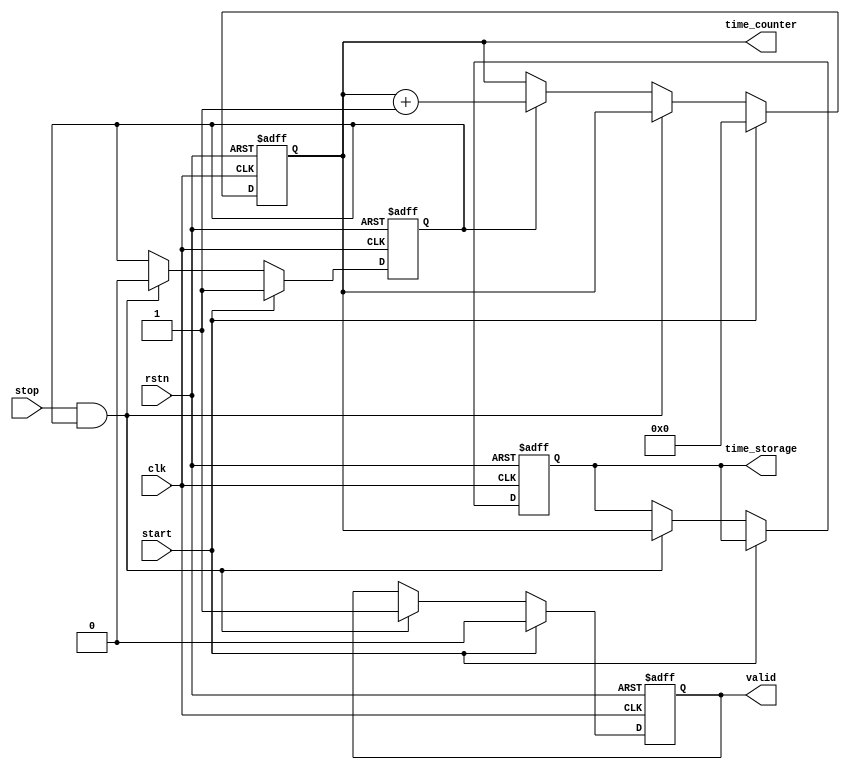
module TDC (
    input wire clk,             // Clock signal
    input wire rstn,           // Active-low reset signal
    input wire start,          // Start signal
    input wire stop,           // Stop signal
    output reg [15:0] time_counter, // Counter output (16-bits, can be adjusted)
    output reg valid,          // Valid signal to indicate when measurement is ready
    output reg [15:0] time_storage // Memory block to store the captured time interval
);

    reg counting; // State to control counting process

    always @(posedge clk or negedge rstn) begin
        if (!rstn) begin
            // Reset condition
            time_counter <= 16'b0;
            valid <= 1'b0;
            time_storage <= 16'b0;
            counting <= 1'b0;
        end else begin
            if (start) begin
                // On start signal, reset counter and enable counting
                time_counter <= 16'b0;
                counting <= 1'b1;
                valid <= 1'b0;
            end else if (stop && counting) begin
                // On stop signal, capture the count and disable counting
                time_storage <= time_counter;
                valid <= 1'b1; // Indicate that valid measurement is ready
                counting <= 1'b0;
            end else if (counting) begin
                // Only increment the counter when counting is enabled
                time_counter <= time_counter + 1'b1;
            end
        end
    end

endmodule